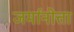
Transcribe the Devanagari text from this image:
जर्मानोत्ता